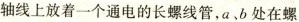
轴线上放着一个通电的长螺线管，a、b处在螺